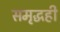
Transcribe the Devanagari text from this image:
समृद्धही